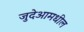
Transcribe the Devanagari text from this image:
जुदेआमधील